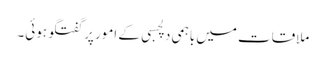
ملاقات میں باہمی دلچسبی کے امور پر گفتگو ہوئی۔